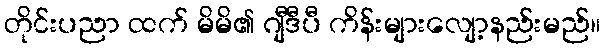
တိုင်းပညာ ထက် မိမိ၏ ဂျီဒီပီ ကိန်းများလျော့နည်းမည်။